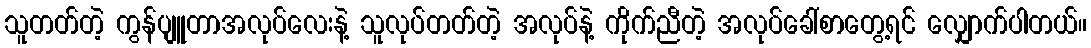
သူတတ်တဲ့ ကွန်ပျူတာအလုပ်လေးနဲ့ သူလုပ်တတ်တဲ့ အလုပ်နဲ့ ကိုက်ညီတဲ့ အလုပ်ခေါ်စာတွေ့ရင် လျှောက်ပါတယ်။